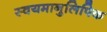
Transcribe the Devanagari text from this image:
स्वयमानुलिपिक